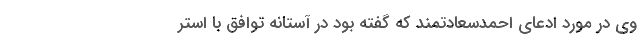
وی در مورد ادعای احمدسعادتمند که گفته بود در آستانه توافق با استر